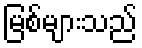
မြစ်များသည်